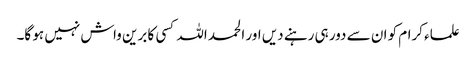
علماء کرام کو ان سے دور ہی رہنے دیں اور الحمد اللہ کسی کا برین واش نہیں ہو گا۔